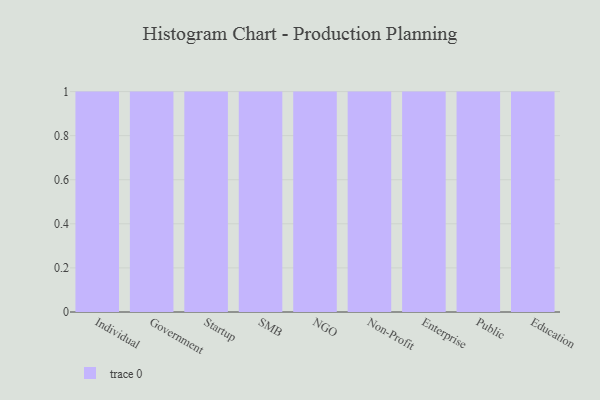
{"axis": {"x": "Segment", "y": "Conversion Rate (%)"}, "legend": [""], "data": [{"x": "Individual", "y": 35, "type": ""}, {"x": "Government", "y": 87, "type": ""}, {"x": "Startup", "y": 76, "type": ""}, {"x": "SMB", "y": 77, "type": ""}, {"x": "NGO", "y": 32, "type": ""}, {"x": "Non-Profit", "y": 18, "type": ""}, {"x": "Enterprise", "y": 73, "type": ""}, {"x": "Public", "y": 44, "type": ""}, {"x": "Education", "y": 88, "type": ""}]}